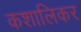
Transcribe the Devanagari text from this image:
कशालिकर